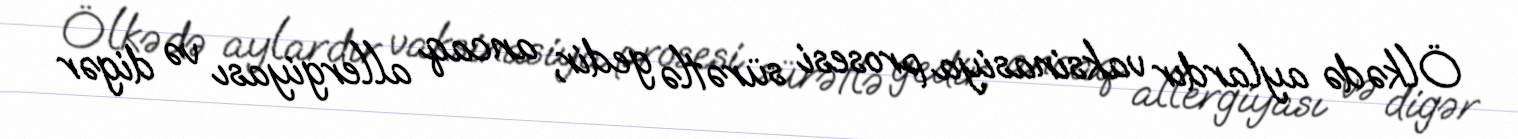
Ölkədə aylardır vaksinasiya prosesi sürətlə gedir, ancaq allergiyası və digər